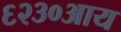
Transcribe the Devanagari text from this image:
६२३०आय